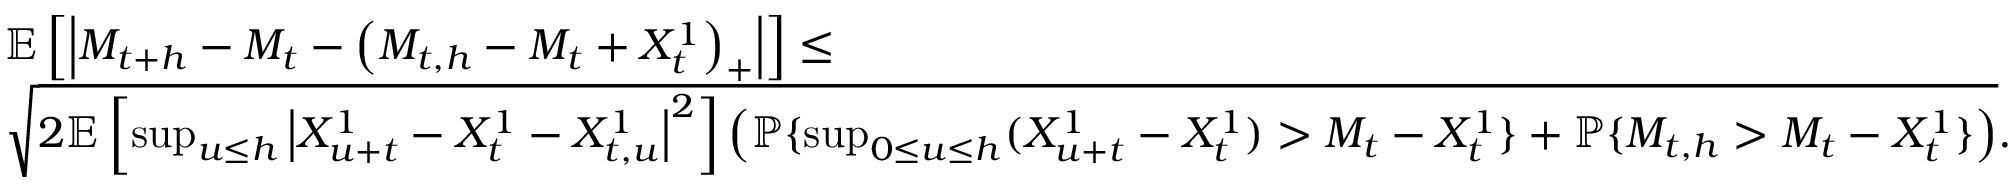
\begin{array} { r l } & { \mathbb { E } \left[ \left| M _ { t + h } - M _ { t } - \left( M _ { t , h } - M _ { t } + X _ { t } ^ { 1 } \right) _ { + } \right| \right] \leq } \\ & { \sqrt { 2 \mathbb { E } \left[ \operatorname* { s u p } _ { u \leq h } \left| X _ { u + t } ^ { 1 } - X _ { t } ^ { 1 } - X _ { t , u } ^ { 1 } \right| ^ { 2 } \right] \left( { \mathbb P } \{ \operatorname* { s u p } _ { 0 \leq u \leq h } ( X _ { u + t } ^ { 1 } - X _ { t } ^ { 1 } ) > M _ { t } - X _ { t } ^ { 1 } \} + { \mathbb P } \{ M _ { t , h } > M _ { t } - X _ { t } ^ { 1 } \} \right) } . } \end{array}